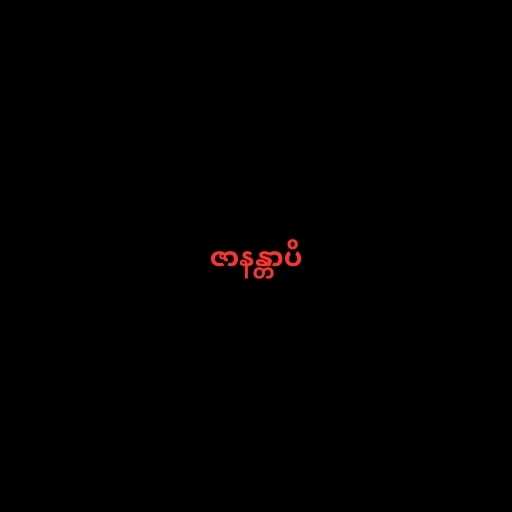
ဇာနန္တာပိ